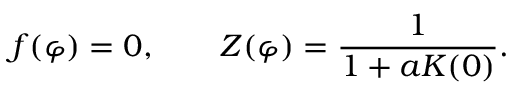
f ( \varphi ) = 0 , \qquad Z ( \varphi ) = \frac { 1 } { 1 + a K ( 0 ) } .